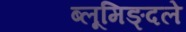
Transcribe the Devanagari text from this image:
ब्लूमिङ्दले